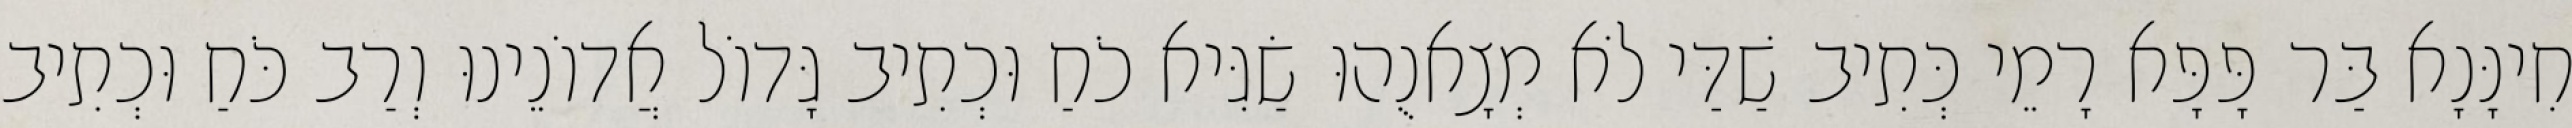
חִינָּנָא בַּר פָּפָּא רָמֵי כְּתִיב שַׁדַּי לֹא מְצָאנֻהוּ שַׂגִּיא כֹחַ וּכְתִיב גָּדוֹל אֲדוֹנֵינוּ וְרַב כֹּחַ וּכְתִיב